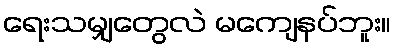
ရေးသမျှတွေလဲ မကျေနပ်ဘူး။